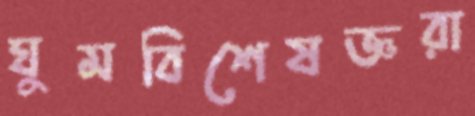
ঘুমবিশেষজ্ঞরা